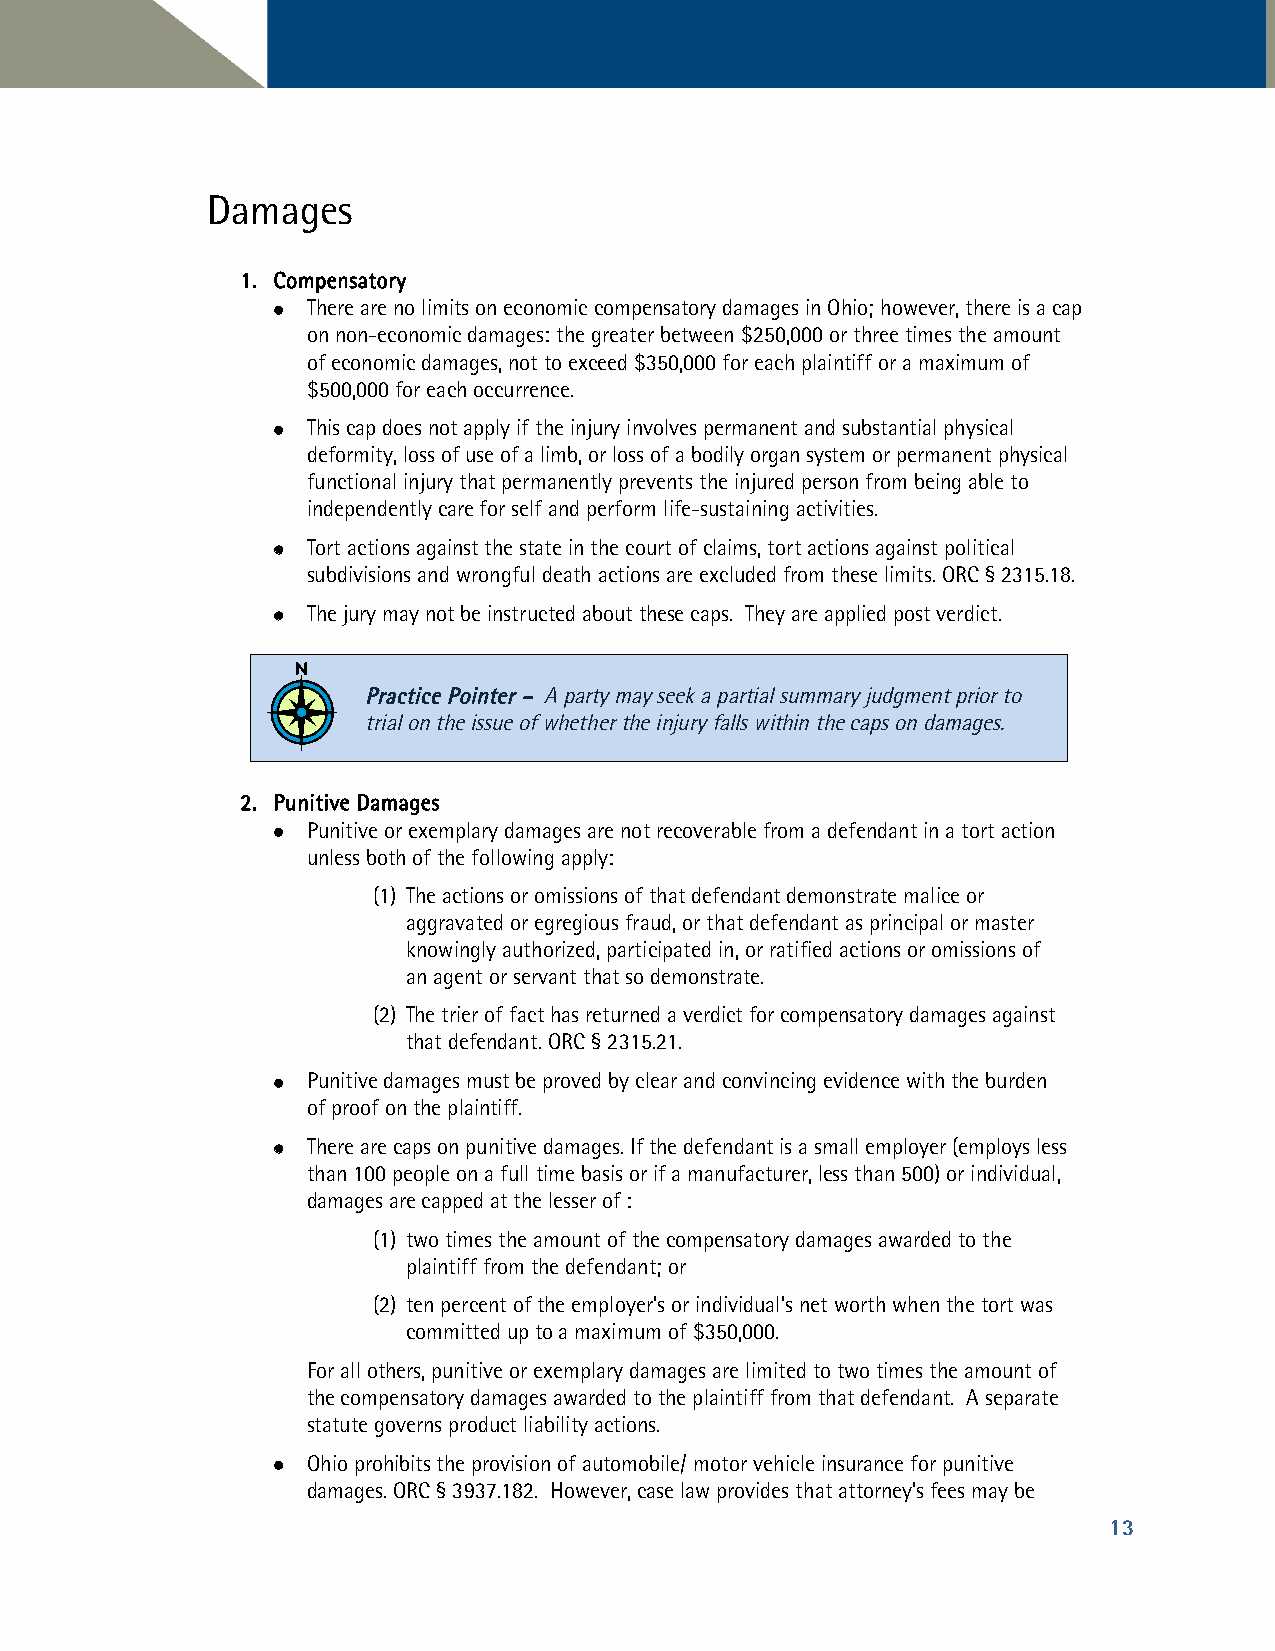
Damages
 11.. CCoommppeennssaattoorryy
  There are no limits on economic compensatory damages in Ohio; however, there is a cap
 on non-economic damages: the greater between $250,000 or three times the amount
 of economic damages, not to exceed $350,000 for each plaintiff or a maximum of
 $500,000 for each occurrence.
  This cap does not apply if the injury involves permanent and substantial physical
 deformity, loss of use of a limb, or loss of a bodily organ system or permanent physical
 functional injury that permanently prevents the injured person from being able to
 independently care for self and perform life-sustaining activities.
  Tort actions against the state in the court of claims, tort actions against political
 subdivisions and wrongful death actions are excluded from these limits. ORC § 2315.18.
  The jury may not be instructed about these caps. They are applied post verdict.
 PPrraaccttiiccee PPooiinntteerr –– A party may seek a partial summary judgment prior to
 trial on the issue of whether the injury falls within the caps on damages.
 22.. PPuunniittiivvee DDaammaaggeess
  Punitive or exemplary damages are not recoverable from a defendant in a tort action
 unless both of the following apply:
 (1) The actions or omissions of that defendant demonstrate malice or
 aggravated or egregious fraud, or that defendant as principal or master
 knowingly authorized, participated in, or ratified actions or omissions of
 an agent or servant that so demonstrate.
 (2) The trier of fact has returned a verdict for compensatory damages against
 that defendant. ORC § 2315.21.
  Punitive damages must be proved by clear and convincing evidence with the burden
 of proof on the plaintiff.
  There are caps on punitive damages. If the defendant is a small employer (employs less
 than 100 people on a full time basis or if a manufacturer, less than 500) or individual,
 damages are capped at the lesser of :
 (1) two times the amount of the compensatory damages awarded to the
 plaintiff from the defendant; or
 (2) ten percent of the employer’s or individual’s net worth when the tort was
 committed up to a maximum of $350,000.
 For all others, punitive or exemplary damages are limited to two times the amount of
 the compensatory damages awarded to the plaintiff from that defendant. A separate
 statute governs product liability actions.
  Ohio prohibits the provision of automobile/ motor vehicle insurance for punitive
 damages. ORC § 3937.182. However, case law provides that attorney’s fees may be
 13